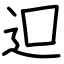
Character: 𨑕